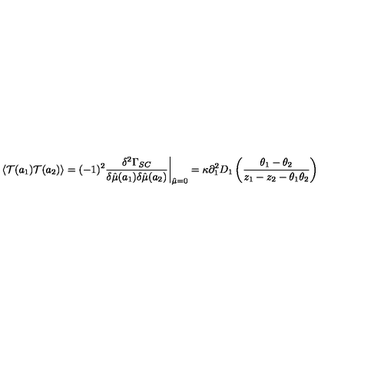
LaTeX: \langle { \cal T } ( a _ { 1 } ) { \cal T } ( a _ { 2 } ) \rangle = ( - 1 ) ^ { 2 } { \frac { \delta ^ { 2 } \Gamma _ { S C } } { \delta \hat { \mu } ( a _ { 1 } ) \delta \hat { \mu } ( a _ { 2 } ) } } \bigg \vert _ { \hat { \mu } = 0 } = \kappa \partial _ { 1 } ^ { 2 } D _ { 1 } \left( { \frac { \theta _ { 1 } - \theta _ { 2 } } { z _ { 1 } - z _ { 2 } - \theta _ { 1 } \theta _ { 2 } } } \right)